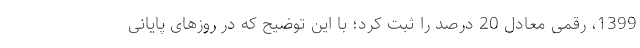
1399، رقمی معادل 20 درصد را ثبت کرد؛ با این توضیح که در روزهای پایانی